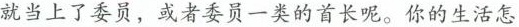
就当上了委员，或者委员一类的首长呢。你的生活怎